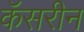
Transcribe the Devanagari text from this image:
कॅसरीन